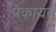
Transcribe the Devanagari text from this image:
प्रका्यन